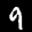
Label: 9